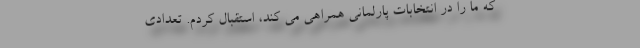
که ما را در انتخابات پارلمانی همراهی می کند، استقبال کردم. تعدادی